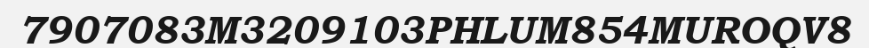
7907083M3209103PHLUM854MUROQV8